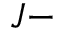
J -